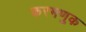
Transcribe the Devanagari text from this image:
करमणुक